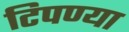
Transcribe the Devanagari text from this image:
टिपण्या